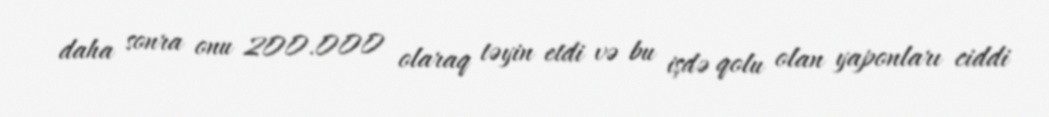
daha sonra onu 200.000 olaraq təyin etdi və bu işdə qolu olan yaponları ciddi